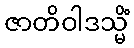
ဇာတိဝါဒသ္မိံ